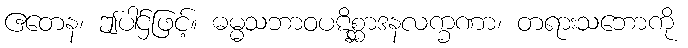
ဧတေန၊ ဤပါဌ်ဖြင့်။ ဓမ္မသဘာဝပဋိစ္ဆာဒနလက္ခဏာ၊ တရားသဘောကို